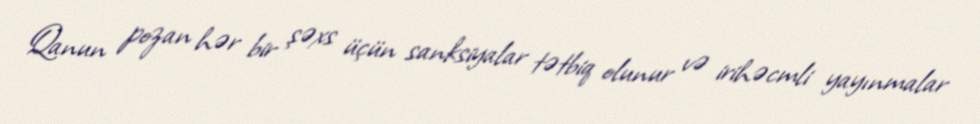
Qanun pozan hər bir şəxs üçün sanksiyalar tətbiq olunur və irihəcmli yayınmalar